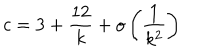
c = 3 + \frac { 1 2 } { k } + o \left( \frac { 1 } { k ^ { 2 } } \right)